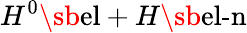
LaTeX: H^{0}\sb{\textnormal{el}}+H\sb{\textnormal{el-n}}